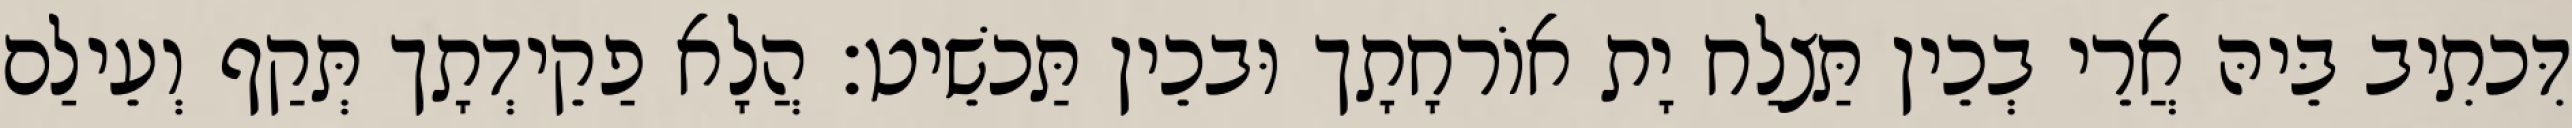
דִּכתִיב בֵּיהּ אֲרֵי בְכֵין תַּצלַח יָת אוֹרחָתָך וּבכֵין תַּכשֵׁיט׃ הֲלָא פַקֵידְתָך תְּקַף וְעֵילַם